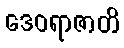
ဒေဝရာဇာတိ